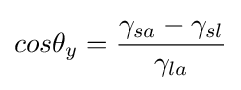
cos\theta _{y}={\frac {\gamma _{sa}-\gamma _{sl}}{\gamma _{la}}}